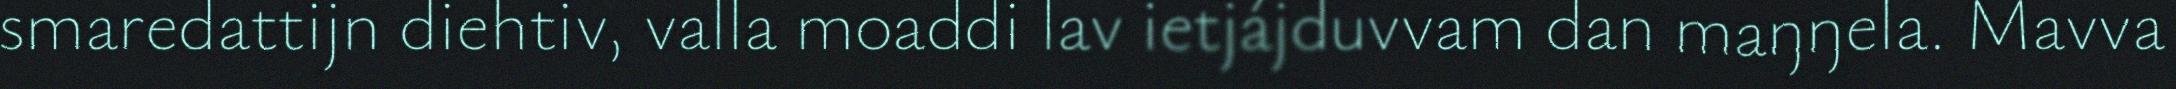
smaredattijn diehtiv, valla moaddi lav ietjájduvvam dan maŋŋela. Mavva